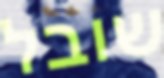
שובל